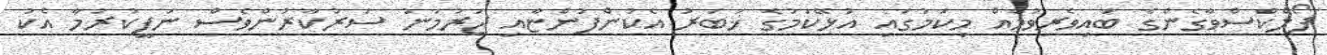
ފޯލްކްސްވާގެންގެ ބައިވެރިވުމެއް މިކަމުގައި އުޅޭކަމުގެ ޚަބަރު އެކުންފުންޏާއި ޖަރުމަނު ސަރުކާރުންވެސް ނަފީކުރުމާ އެކު